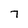
Character: 7